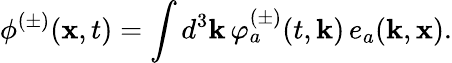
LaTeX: \phi^{(\pm)}({\mathbf x},t)=\int d^{3}{\mathbf k}\, \varphi_{a}^{(\pm)}(t,{\mathbf k})\, e_{a}({\mathbf k},{\mathbf x}).